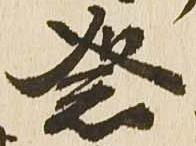
祭